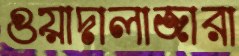
গুয়াদালাজারা